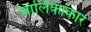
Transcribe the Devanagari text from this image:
जालिकाकार